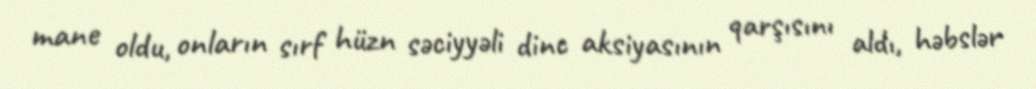
mane oldu, onların sırf hüzn səciyyəli dinc aksiyasının qarşısını aldı, həbslər